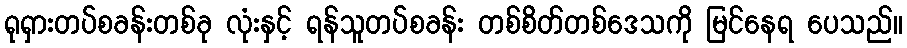
ရုရှားတပ်စခန်းတစ်ခု လုံးနှင့် ရန်သူတပ်စခန်း တစ်စိတ်တစ်ဒေသကို မြင်နေရ ပေသည်။